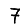
Digit: 7